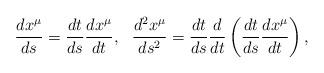
LaTeX: \begin{align*}\frac{dx^{\mu }}{ds} = \frac{dt}{ds} \frac{dx^{\mu }}{dt}, \, \, \, \,\frac{d^{2}x^{\mu }}{ds^{2}} = \frac{dt}{ds} \frac{d}{dt}\left( \frac{dt}{ds} \frac{dx^{\mu }}{dt} \right),\end{align*}